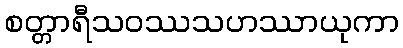
စတ္တာရီသဝဿသဟဿာယုကာ